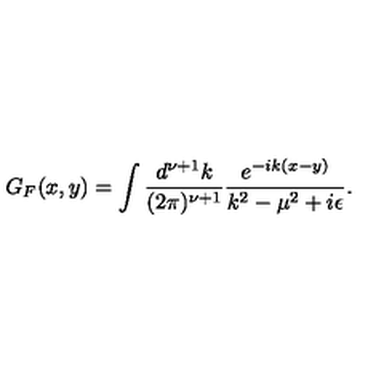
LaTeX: G _ { F } ( x , y ) = \int { \frac { d ^ { \nu + 1 } k } { ( 2 \pi ) ^ { \nu + 1 } } } { \frac { e ^ { - i k ( x - y ) } } { k ^ { 2 } - \mu ^ { 2 } + i \epsilon } } .